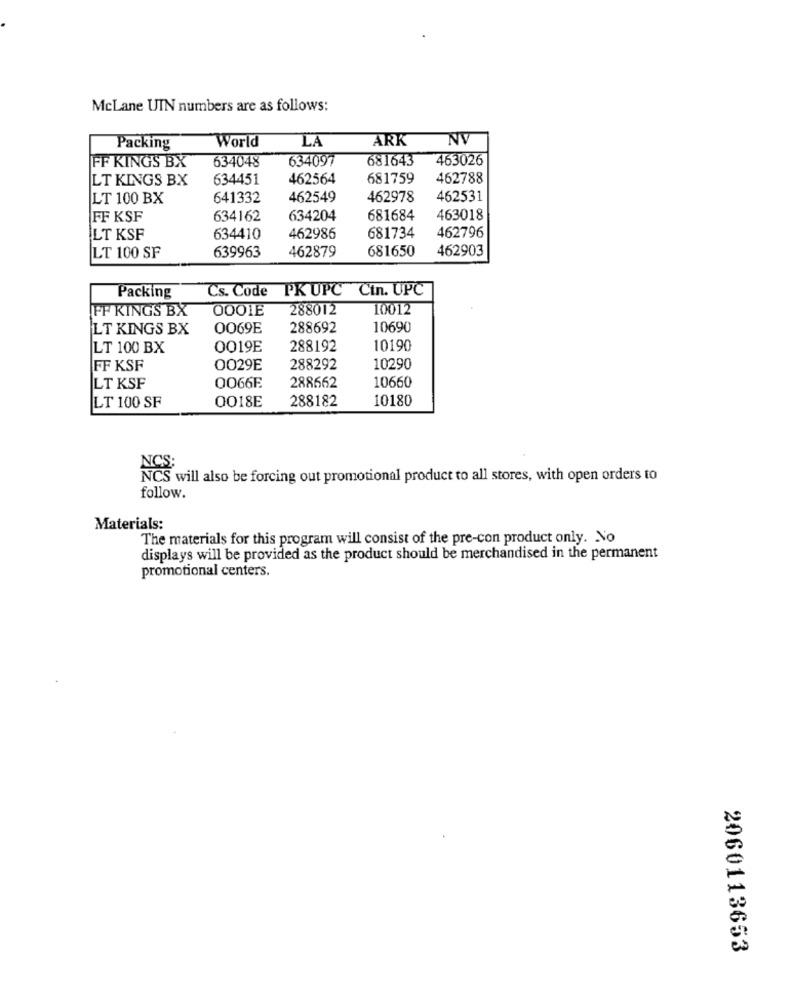
McLane UIN numbers are as follows:
World
ARK
NV
Packing
LA
634048
634097
681643
463026
FF KINGS BX
LT KINGS BX
634451
462564
681759
462788
LT 100 BX
641332
462549
462978
462531
FF KSF
634162
634204
681684
463018
LT KSF
634410
462986
681734
462796
639963
462879
681650
462903
LT 100 SF
Cs. Code PK UPC Cin. UPC
Packing
FF KINGS BX
0001E
288012
10012
LT KINGS BX
0069E
288692
10690
LT 100 BX
0019E
288192
10190
FF KSF
OO29E
288292
10290
LT KSF
O066E
288662
10660
OO18E
288182
10180
LT 100 SF
NCS
NCS will also be forcing out promotional product to all stores, with open orders to
follow.
Materials:
The materials for this program will consist of the pre-con product only. No
displays will be provided as the product should be merchandised in the permanent
promotional centers.
2060113653